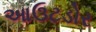
આઉટડોર